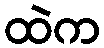
ထဲက